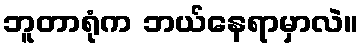
ဘူတာရုံက ဘယ်နေရာမှာလဲ။